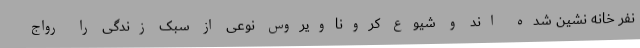
نفر خانه نشین شده اند و شیوع کروناویروس نوعی از سبک زندگی را رواج